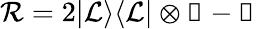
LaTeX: \mathcal{R}=2\vert\mathcal{{L}}\rangle\langle\mathcal{{L}}\vert\otimes\mathbb{{1}}-\mathbb{{1}}